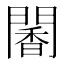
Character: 䦭